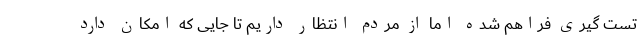
تست گیری فراهم شده اما از مردم انتظار داریم تا جایی که امکان دارد